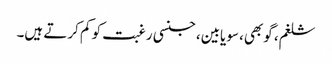
شلغم، گوبھی، سویابین، جنسی رغبت کو کم کرتے ہیں۔